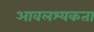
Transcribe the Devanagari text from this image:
आवलश्यकता